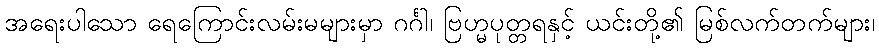
အရေးပါသော ရေကြောင်းလမ်းမများမှာ ဂင်္ဂါ၊ ဗြဟ္မပုတ္တရနှင့် ယင်းတို့၏ မြစ်လက်တက်များ၊